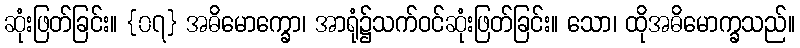
ဆုံးဖြတ်ခြင်း။ {၀၇} အဓိမောက္ခော၊ အာရုံ၌သက်ဝင်ဆုံးဖြတ်ခြင်း။ သော၊ ထိုအဓိမောက္ခသည်။